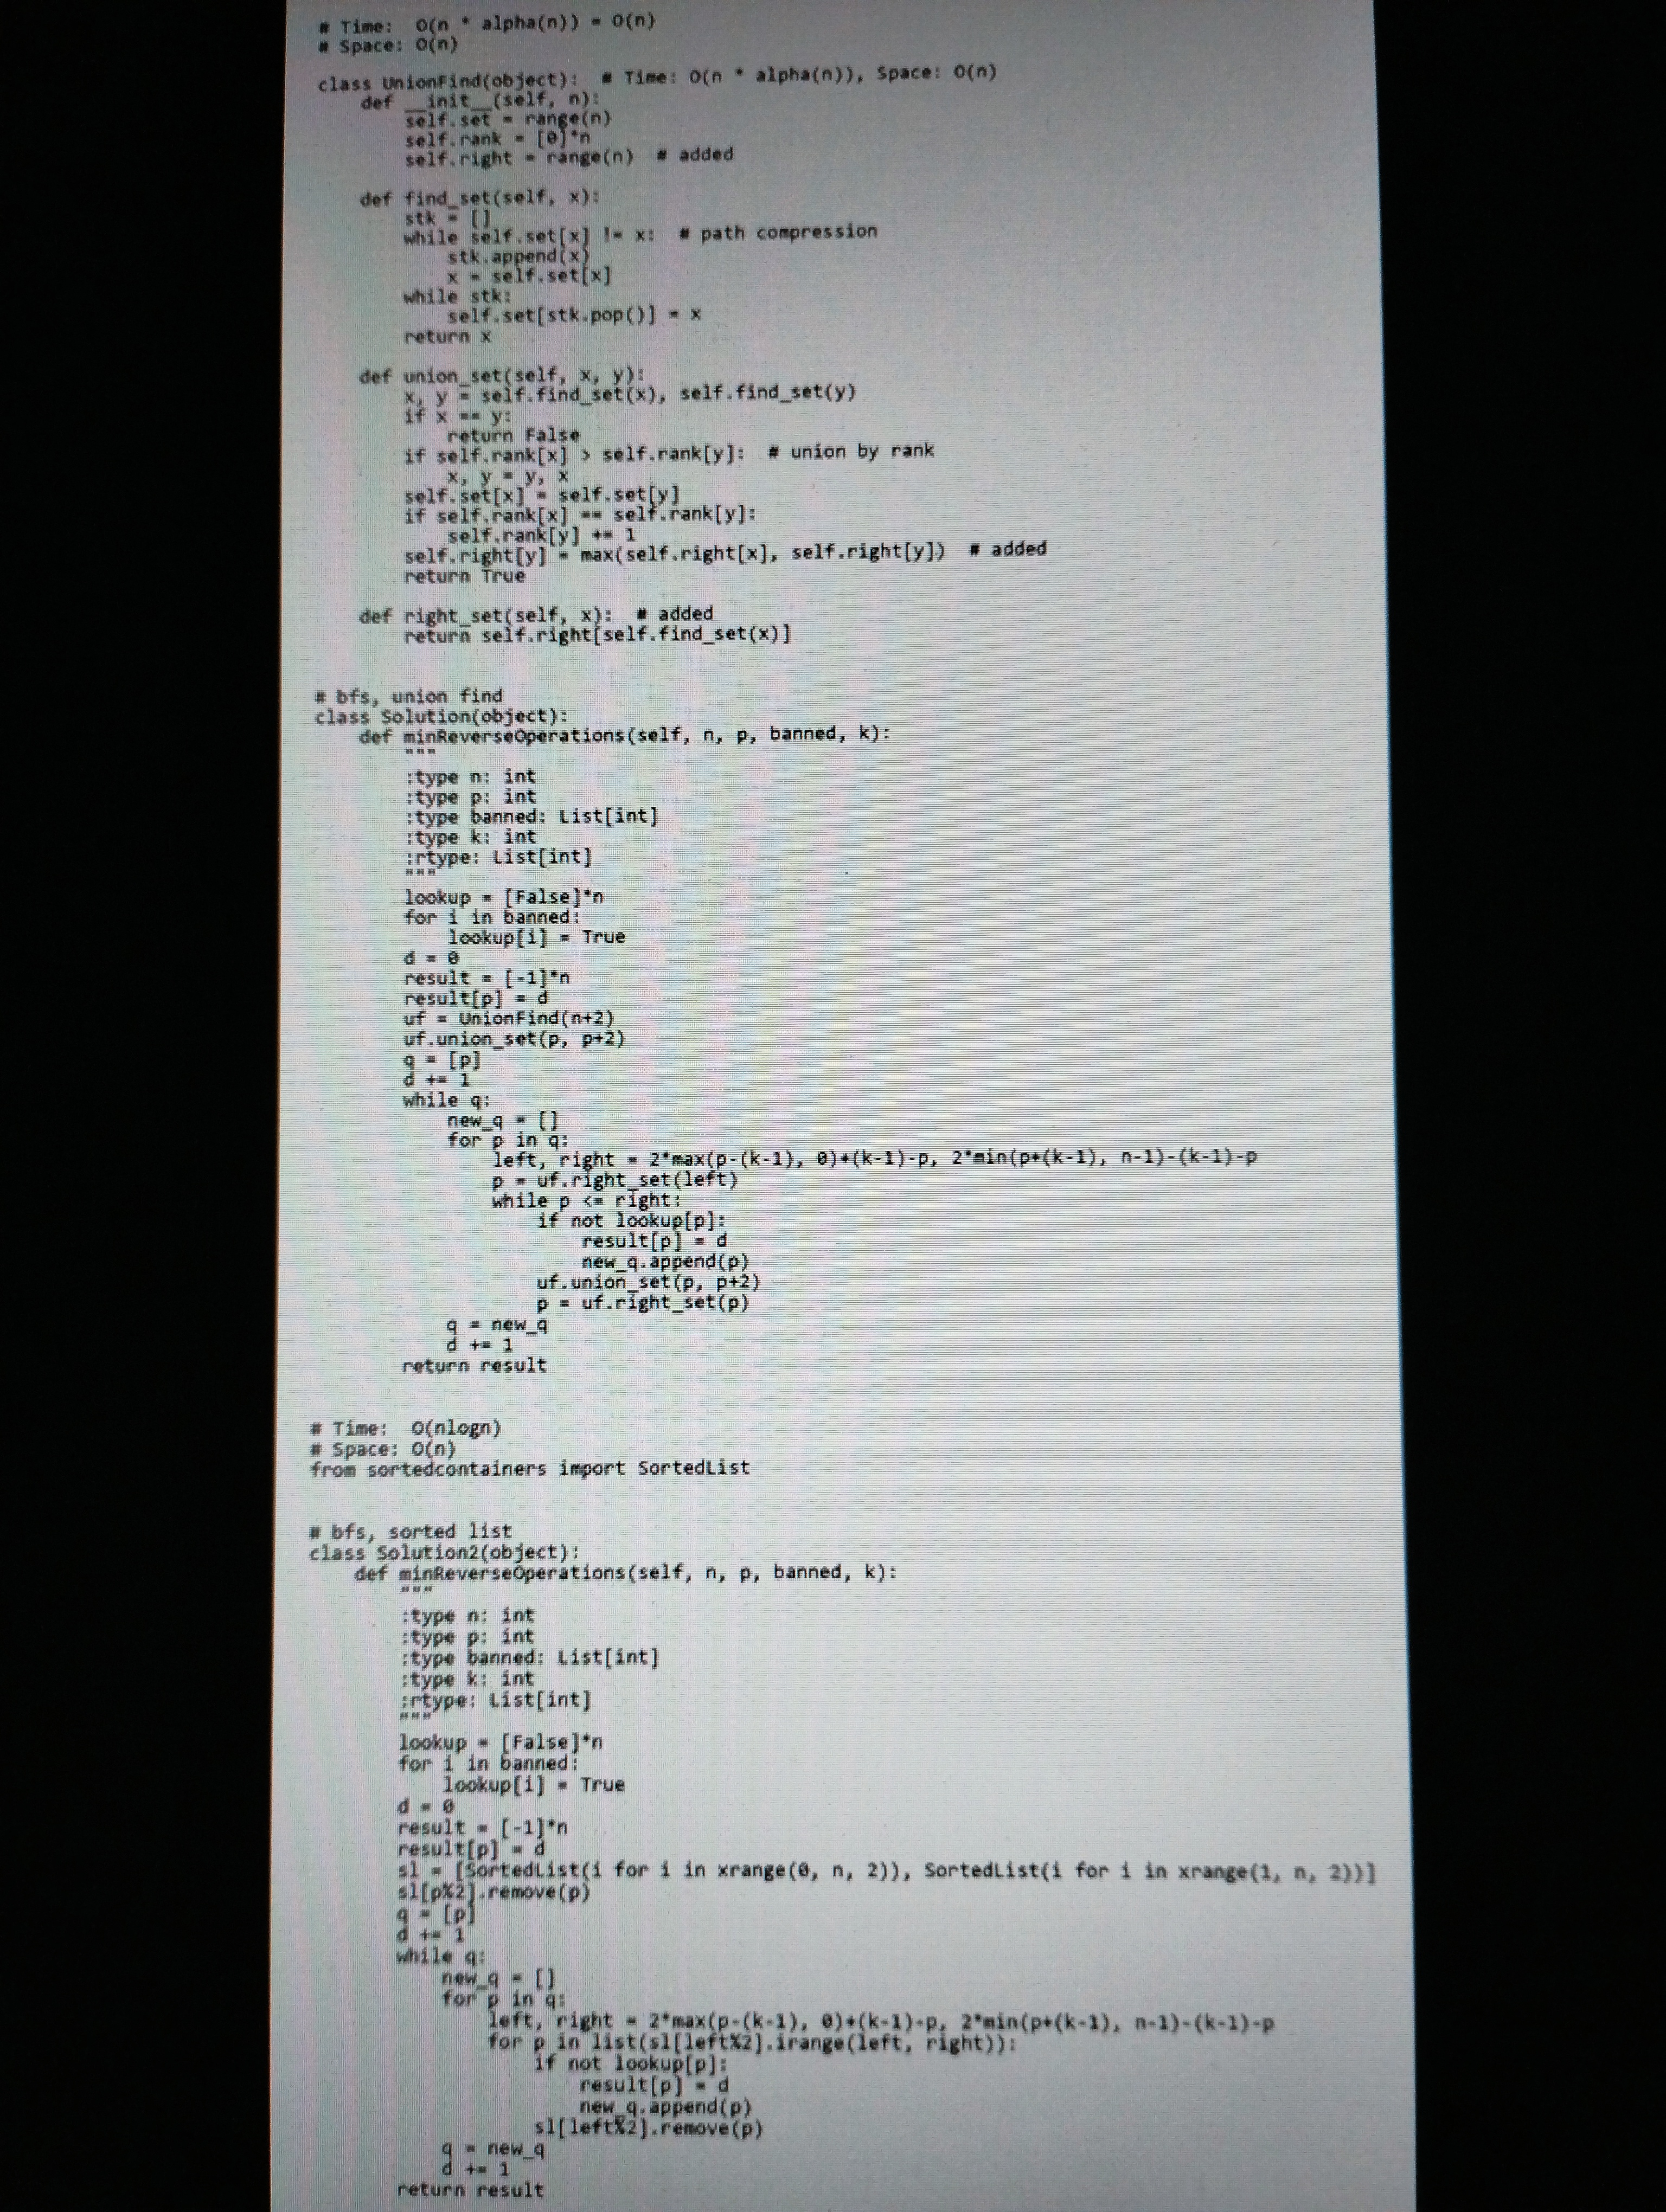
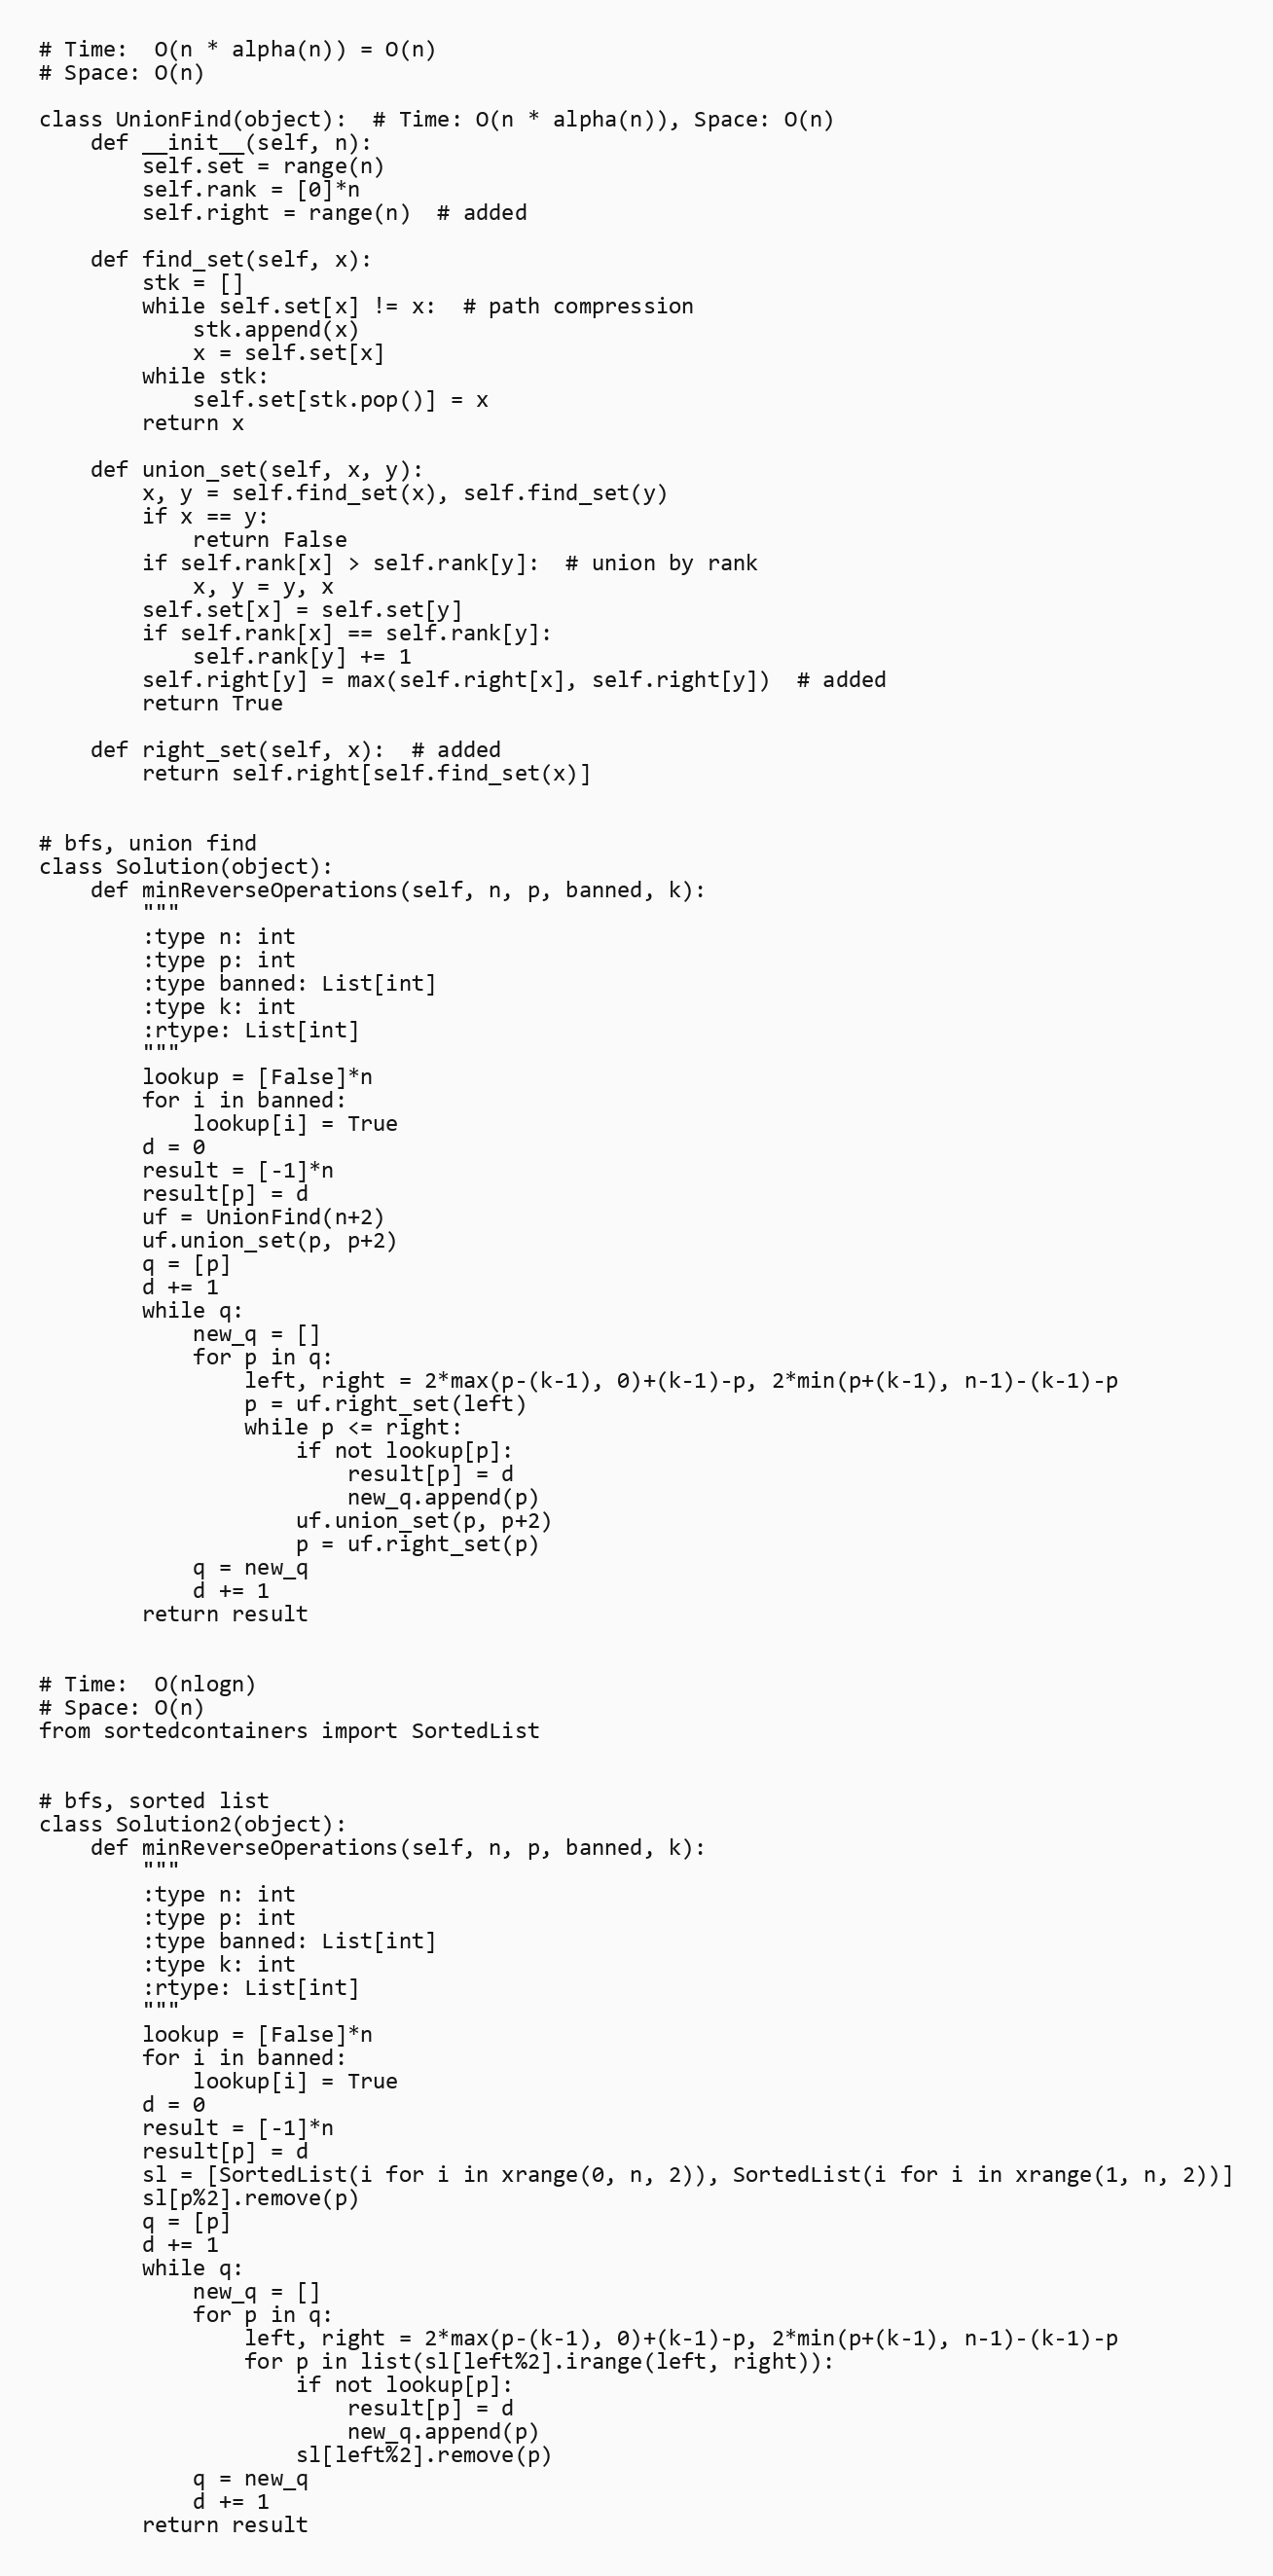
# Time:  O(n * alpha(n)) = O(n)
# Space: O(n)

class UnionFind(object):  # Time: O(n * alpha(n)), Space: O(n)
    def __init__(self, n):
        self.set = range(n)
        self.rank = [0]*n
        self.right = range(n)  # added

    def find_set(self, x):
        stk = []
        while self.set[x] != x:  # path compression
            stk.append(x)
            x = self.set[x]
        while stk:
            self.set[stk.pop()] = x
        return x

    def union_set(self, x, y):
        x, y = self.find_set(x), self.find_set(y)
        if x == y:
            return False
        if self.rank[x] > self.rank[y]:  # union by rank
            x, y = y, x
        self.set[x] = self.set[y]
        if self.rank[x] == self.rank[y]:
            self.rank[y] += 1
        self.right[y] = max(self.right[x], self.right[y])  # added
        return True

    def right_set(self, x):  # added
        return self.right[self.find_set(x)]

# bfs, union find
class Solution(object):
    def minReverseOperations(self, n, p, banned, k):
        """
        :type n: int
        :type p: int
        :type banned: List[int]
        :type k: int
        :rtype: List[int]
        """
        lookup = [False]*n
        for i in banned:
            lookup[i] = True
        d = 0
        result = [-1]*n
        result[p] = d
        uf = UnionFind(n+2)
        uf.union_set(p, p+2)
        q = [p]
        d += 1
        while q:
            new_q = []
            for p in q:
                left, right = 2*max(p-(k-1), 0)+(k-1)-p, 2*min(p+(k-1), n-1)-(k-1)-p
                p = uf.right_set(left)
                while p <= right:
                    if not lookup[p]:
                        result[p] = d
                        new_q.append(p)
                    uf.union_set(p, p+2)
                    p = uf.right_set(p)
            q = new_q
            d += 1
        return result

# Time:  O(nlogn)
# Space: O(n)
from sortedcontainers import SortedList

# bfs, sorted list
class Solution2(object):
    def minReverseOperations(self, n, p, banned, k):
        """
        :type n: int
        :type p: int
        :type banned: List[int]
        :type k: int
        :rtype: List[int]
        """
        lookup = [False]*n
        for i in banned:
            lookup[i] = True
        d = 0
        result = [-1]*n
        result[p] = d
        sl = [SortedList(i for i in xrange(0, n, 2)), SortedList(i for i in xrange(1, n, 2))]
        sl[p%2].remove(p)
        q = [p]
        d += 1
        while q:
            new_q = []
            for p in q:
                left, right = 2*max(p-(k-1), 0)+(k-1)-p, 2*min(p+(k-1), n-1)-(k-1)-p
                for p in list(sl[left%2].irange(left, right)):
                    if not lookup[p]:
                        result[p] = d
                        new_q.append(p)
                    sl[left%2].remove(p)
            q = new_q
            d += 1
        return result